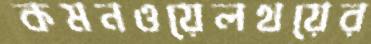
কমনওয়েলথয়ের